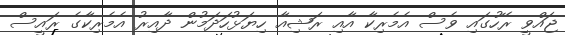
ޖައްވީ ރޭހުގައި ވެސް އެމެރިކާ އާއި ރަޝިއާ ހިޔަޅުހަދަމުން ދާއިރު އެމެރިކާގެ ރައީސް